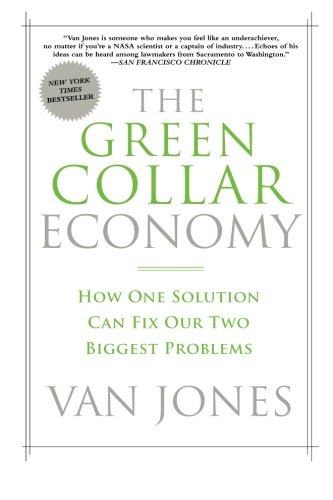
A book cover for The Green Collar Economy: How One Solution Can Fix Our Two Biggest Problems; Van Jones; Business & Money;